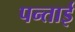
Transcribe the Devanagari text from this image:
पन्ताई